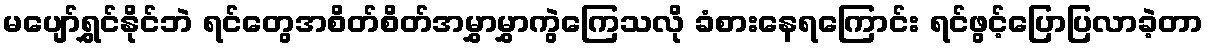
မပျော်ရွှင်နိုင်ဘဲ ရင်တွေအစိတ်စိတ်အမွှာမွှာကွဲကြေသလို ခံစားနေရကြောင်း ရင်ဖွင့်ပြောပြလာခဲ့တာ